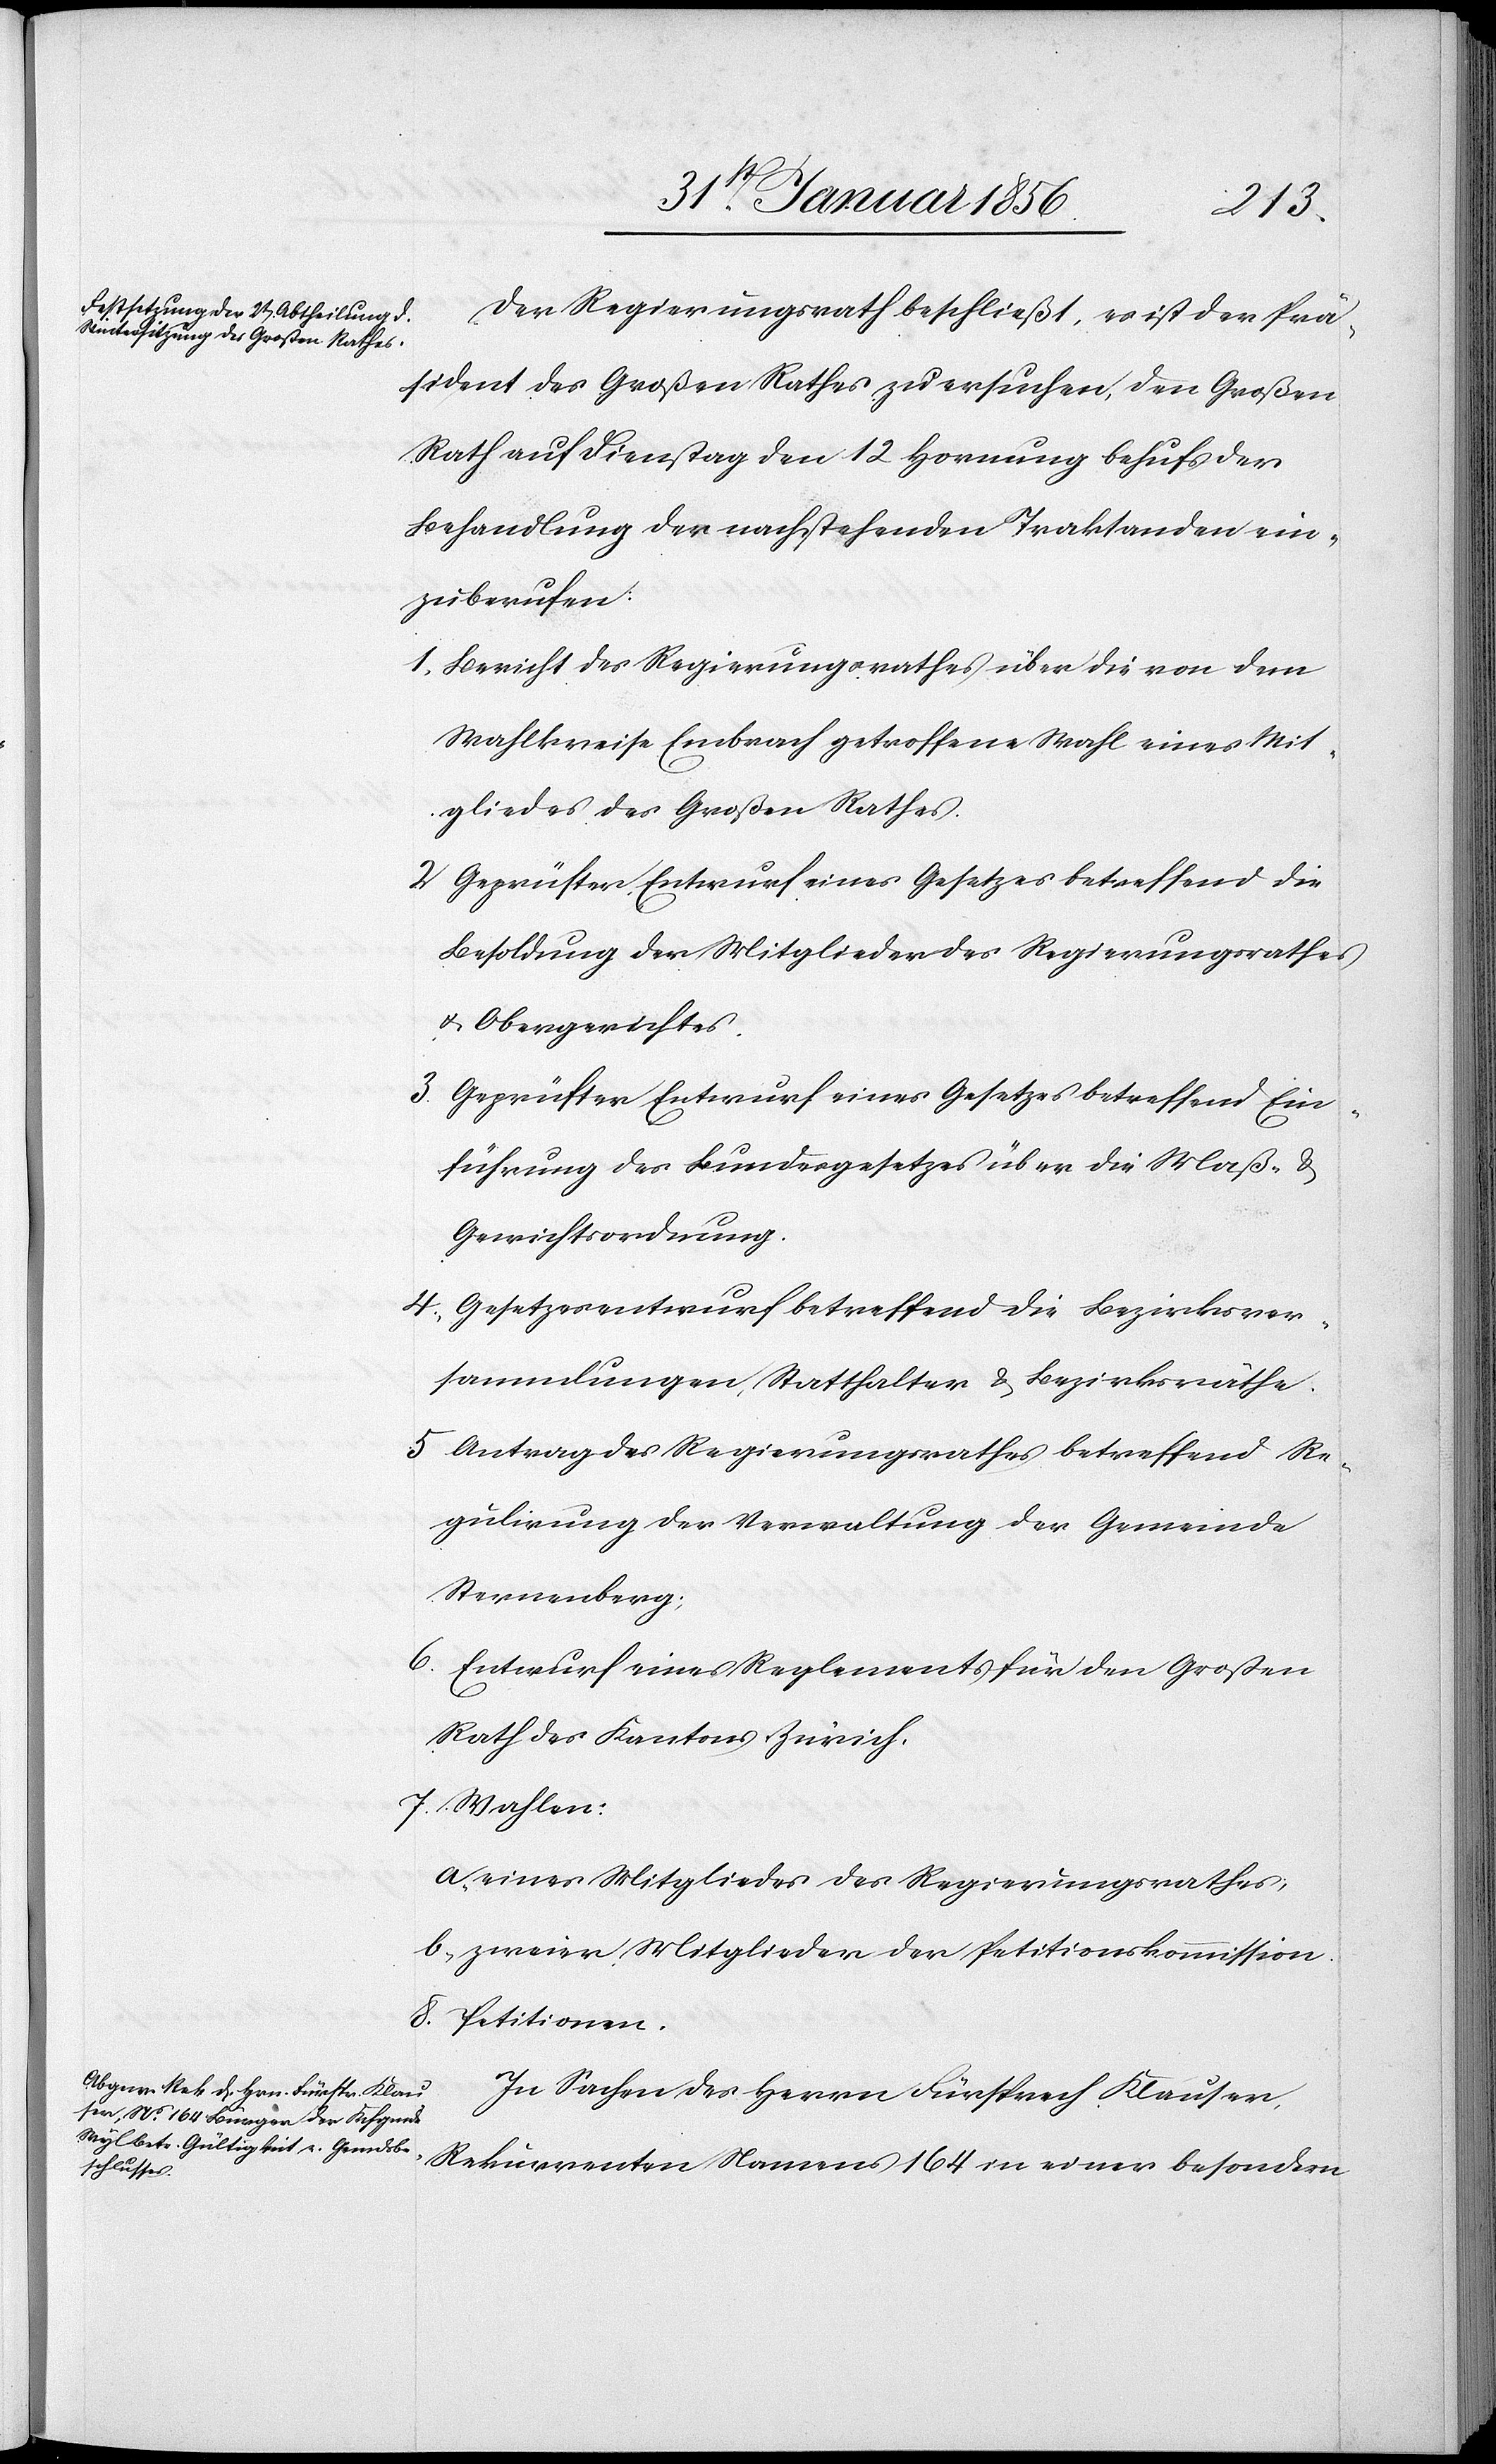
Der Regierungsrath beschließt, es ist der Prä¬
sident des Großen Rathes zu ersuchen, den Großen
Rath auf Dienstag den 12 Hornung behufs der
Behandlung der nachstehenden Traktanden ein¬
zuberufen:
1. Bericht des Regierungsrathes über die von dem
Wahlkreise Embrach getroffene Wahl eines Mit¬
gliedes des Großen Rathes.
2. Geprüfter Entwurf eines Gesetzes betreffend die
Besoldung der Mitglieder des Regierungsrathes
u. Obergerichtes.
3. Geprüfter Entwurf eines Gesetzes betreffend Ein¬
führung des Bundesgesetzes über die Maß- &
Gewichtsordnung.
4. Gesetzesentwurf betreffend die Bezirksver¬
sammlungen, Statthalter & Bezirksräthe.
5. Antrag des Regierungsrathes betreffend Re¬
gulirung der Verwaltung der Gemeinde
Sternenberg;
6. Entwurf eines Reglements für den Großen
Rath des Kantons Zürich.
7. Wahlen:
a.) eines Mitgliedes des Regierungsrathes;
b.) zweier Mitglieder der Petitionskommission.
8. Petitionen.
In Sachen des Herrn Fürsprech Klauser,
Rekurrenten Namens 164 in einer besondern